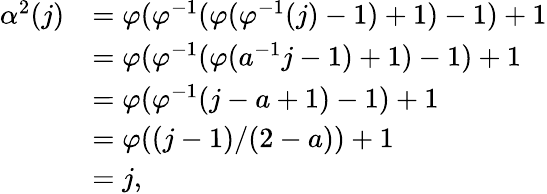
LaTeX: \begin{array}{rl}{\alpha^{2}(j)}&{=\varphi(\varphi^{-1}(\varphi(\varphi^{-1}(j)-1)+1)-1)+1}\\ &{=\varphi(\varphi^{-1}(\varphi(a^{-1}j-1)+1)-1)+1}\\ &{=\varphi(\varphi^{-1}(j-a+1)-1)+1}\\ &{=\varphi((j-1)/(2-a))+1}\\ &{=j,}\end{array}